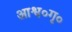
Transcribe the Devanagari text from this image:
आश्व०गृ०